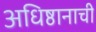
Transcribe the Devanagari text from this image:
अधिष्ठानाची